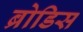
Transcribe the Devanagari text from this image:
ब्रोडिस